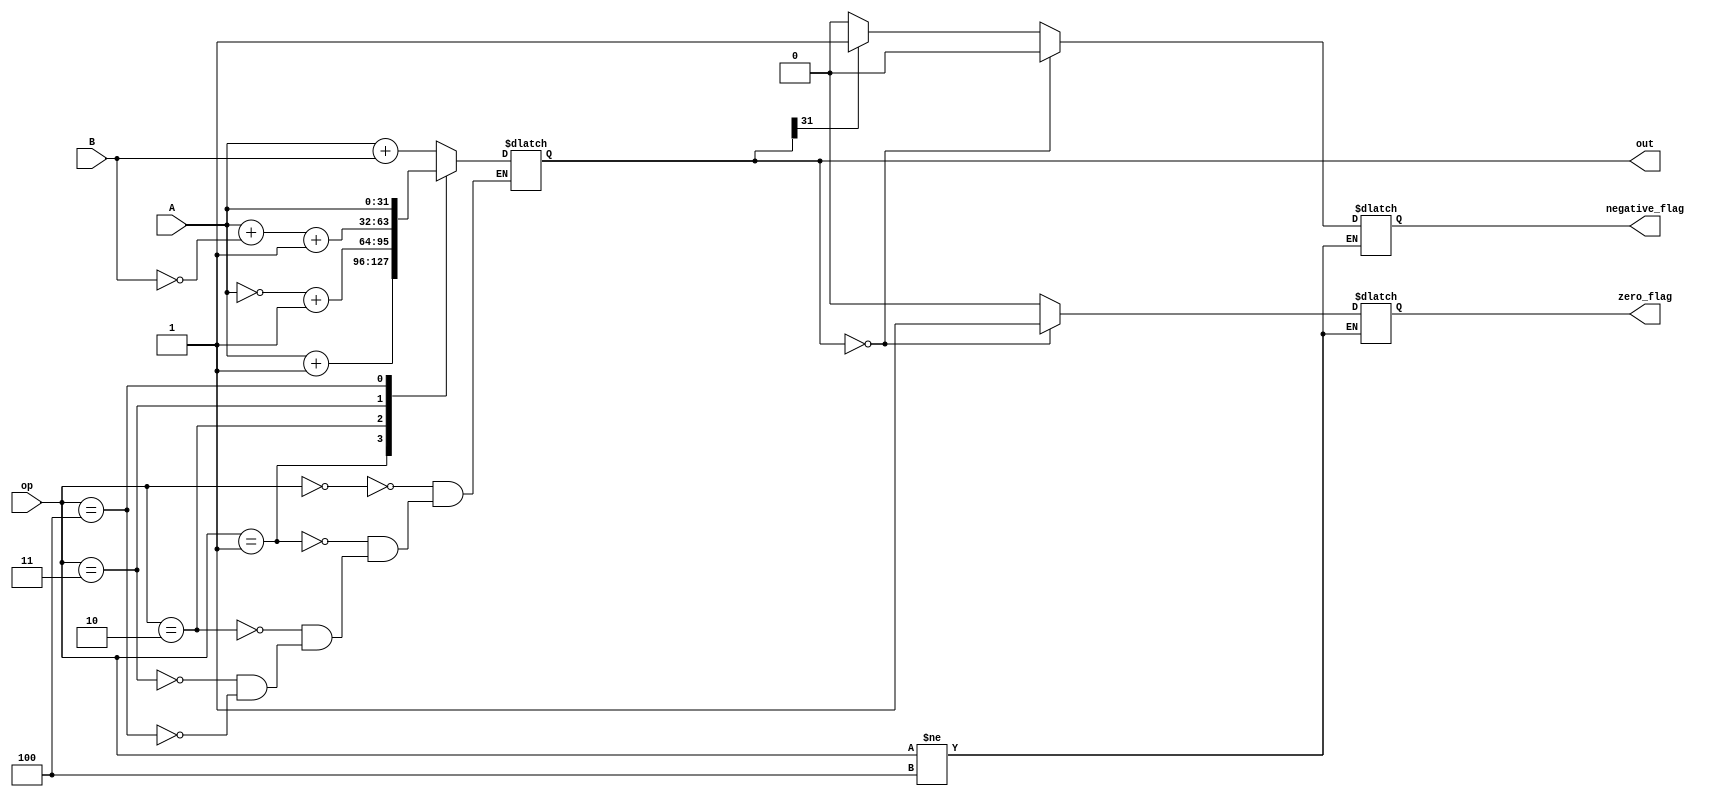
`timescale 1ns / 1ps
//////////////////////////////////////////////////////////////////////////////////
// Company: Santa Clara University
// 
// Design Name: 
// Module Name: alu
// Project Name: ALU
// Target Devices: 
// Tool Versions: 
// Description: 
// 
// Dependencies: 
// 
// Revision:
// Revision 0.01 - File Created
// Additional Comments:
// 
//////////////////////////////////////////////////////////////////////////////////


module alu(A, B, op, out, zero_flag, negative_flag);
    input [31:0] A, B;                  // defining inputs and outputs
    input [3:0] op;
    output [31:0] out;
    output zero_flag, negative_flag;
    
    reg [31:0] out;
    reg zero_flag, negative_flag;
    
    always@(A, B, op) begin             // define ALU behavior
        case(op)
            4'b0000: out = A + B;       // if opcode is 0, add operands
            4'b0001: out = A + 1;       // if opcode is 1, add 1 to first operand
            4'b0010: out = ~A + 1;      // if opcode is 2, negate first operand
            4'b0011: out = A + ~B + 1;  // if opcode is 3, subtract first and second operand
            4'b0100: out = A;           // if opcode is 4, pass first operand through
        endcase
    end
    
    always@(op, out) begin
        if(op != 4'b0100) begin         //Only set flags if not passing
            negative_flag = 0;          // default values
            zero_flag = 0;
            if (out[31]==32'd1) begin   // check leading bit of the result; if it is 1, we know it is negative and set flag accordingly
                negative_flag=1;
                zero_flag=0;
            end
            if (out == 32'd0) begin     // check if the result is 0 and if so, set the flag
                negative_flag = 0;
                zero_flag = 1;
            end
        end
    end
endmodule